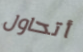
أتحاول